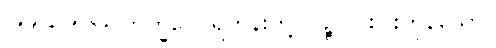
၂၅၅+၂၅၆+ ဘိက္ခဝေ၊ ရဟန်းတို့။ ပဉ္စ၊ ငါးပါးကုန်သော။